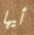
أيها